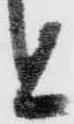
と